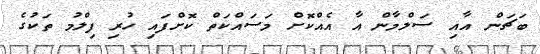
ބަޗަން އާއި ސަލްމާން އާ އެއްކޮށް މަސައްކަތް ކޮށްފައި ހުރި ފިލްމު ތަކުގެ